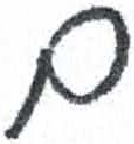
אות: ם